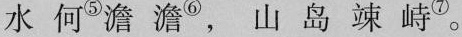
水何^{⑤} 澹澹^{⑥} ，山岛竦峙^{⑦} 。